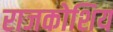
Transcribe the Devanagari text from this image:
राजकोशिय